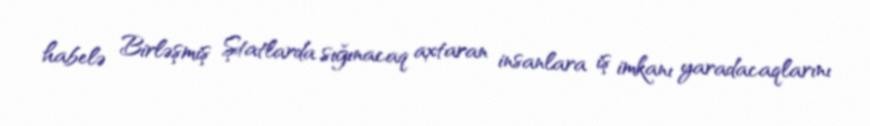
habelə Birləşmiş Ştatlarda sığınacaq axtaran insanlara iş imkanı yaradacaqlarını